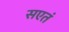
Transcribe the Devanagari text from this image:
सएतं